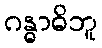
ဂန္ဓာဓိဘူ